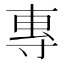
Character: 專